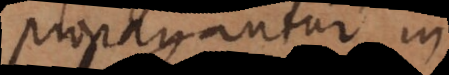
propagantur in